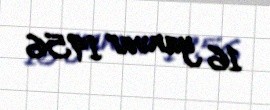
16 yanvar 1956